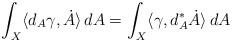
LaTeX: \begin{align*}\int_X\langle d_A\gamma,\dot A\rangle \, dA = \int_X\langle\gamma,d_A^*\dot A\rangle \, dA \end{align*}